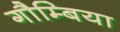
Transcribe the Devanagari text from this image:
गौम्बिया